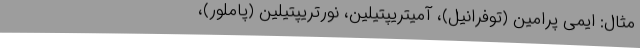
مثال: ایمی پرامین (توفرانیل)، آمیتریپتیلین، نورتریپتیلین (پاملور)،